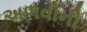
અળવીની